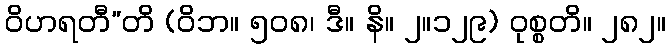
ဝိဟရတီ”တိ (ဝိဘ။ ၅၀၈၊ ဒီ။ နိ။ ၂။၁၂၉) ဝုစ္စတိ။ ၂၈၂။